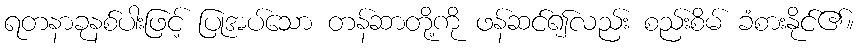
ရတနာခုနစ်ပါးဖြင့် ပြုအပ်သော တန်ဆာတို့ကို ဖန်ဆင်၍လည်း စည်းစိမ် ခံစားနိုင်၏။